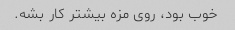
خوب بود، روی مزه بیشتر کار بشه.